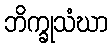
ဘိက္ခုသံဃာ